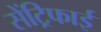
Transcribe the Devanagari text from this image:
सेंट्रिफाई